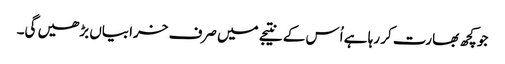
جو کچھ بھارت کر رہا ہے اُس کے نتیجے میں صرف خرابیاں بڑھیں گی۔